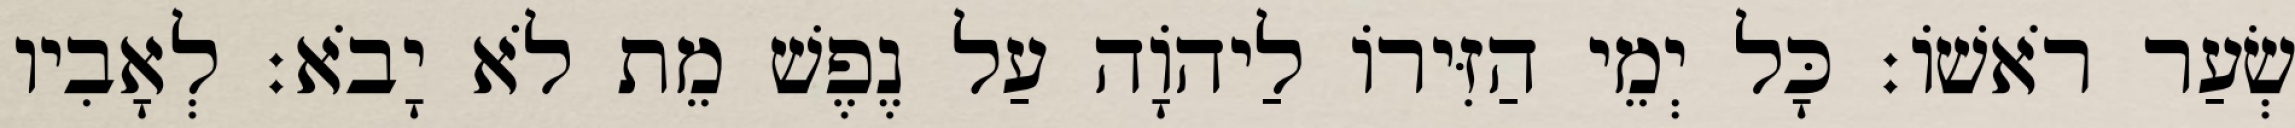
שְׂעַר רֹאשׁוֹ׃ כָּל יְמֵי הַזִּירוֹ לַיהוָֹה עַל נֶפֶשׁ מֵת לֹא יָבֹא׃ לְאָבִיו